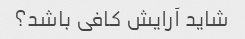
شاید آرایش کافی باشد؟